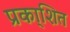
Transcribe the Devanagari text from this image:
प्रका्शित